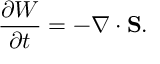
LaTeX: \frac { \partial W } { \partial t } = - \nabla \cdot { \bf S } .